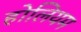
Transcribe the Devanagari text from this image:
होलियम